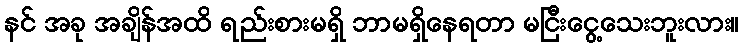
နင် အခု အချိန်အထိ ရည်းစားမရှိ ဘာမရှိနေရတာ မငြီးငွေ့သေးဘူးလား။